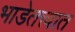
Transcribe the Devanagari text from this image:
भाडेतत्त्वात